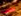
تخمين